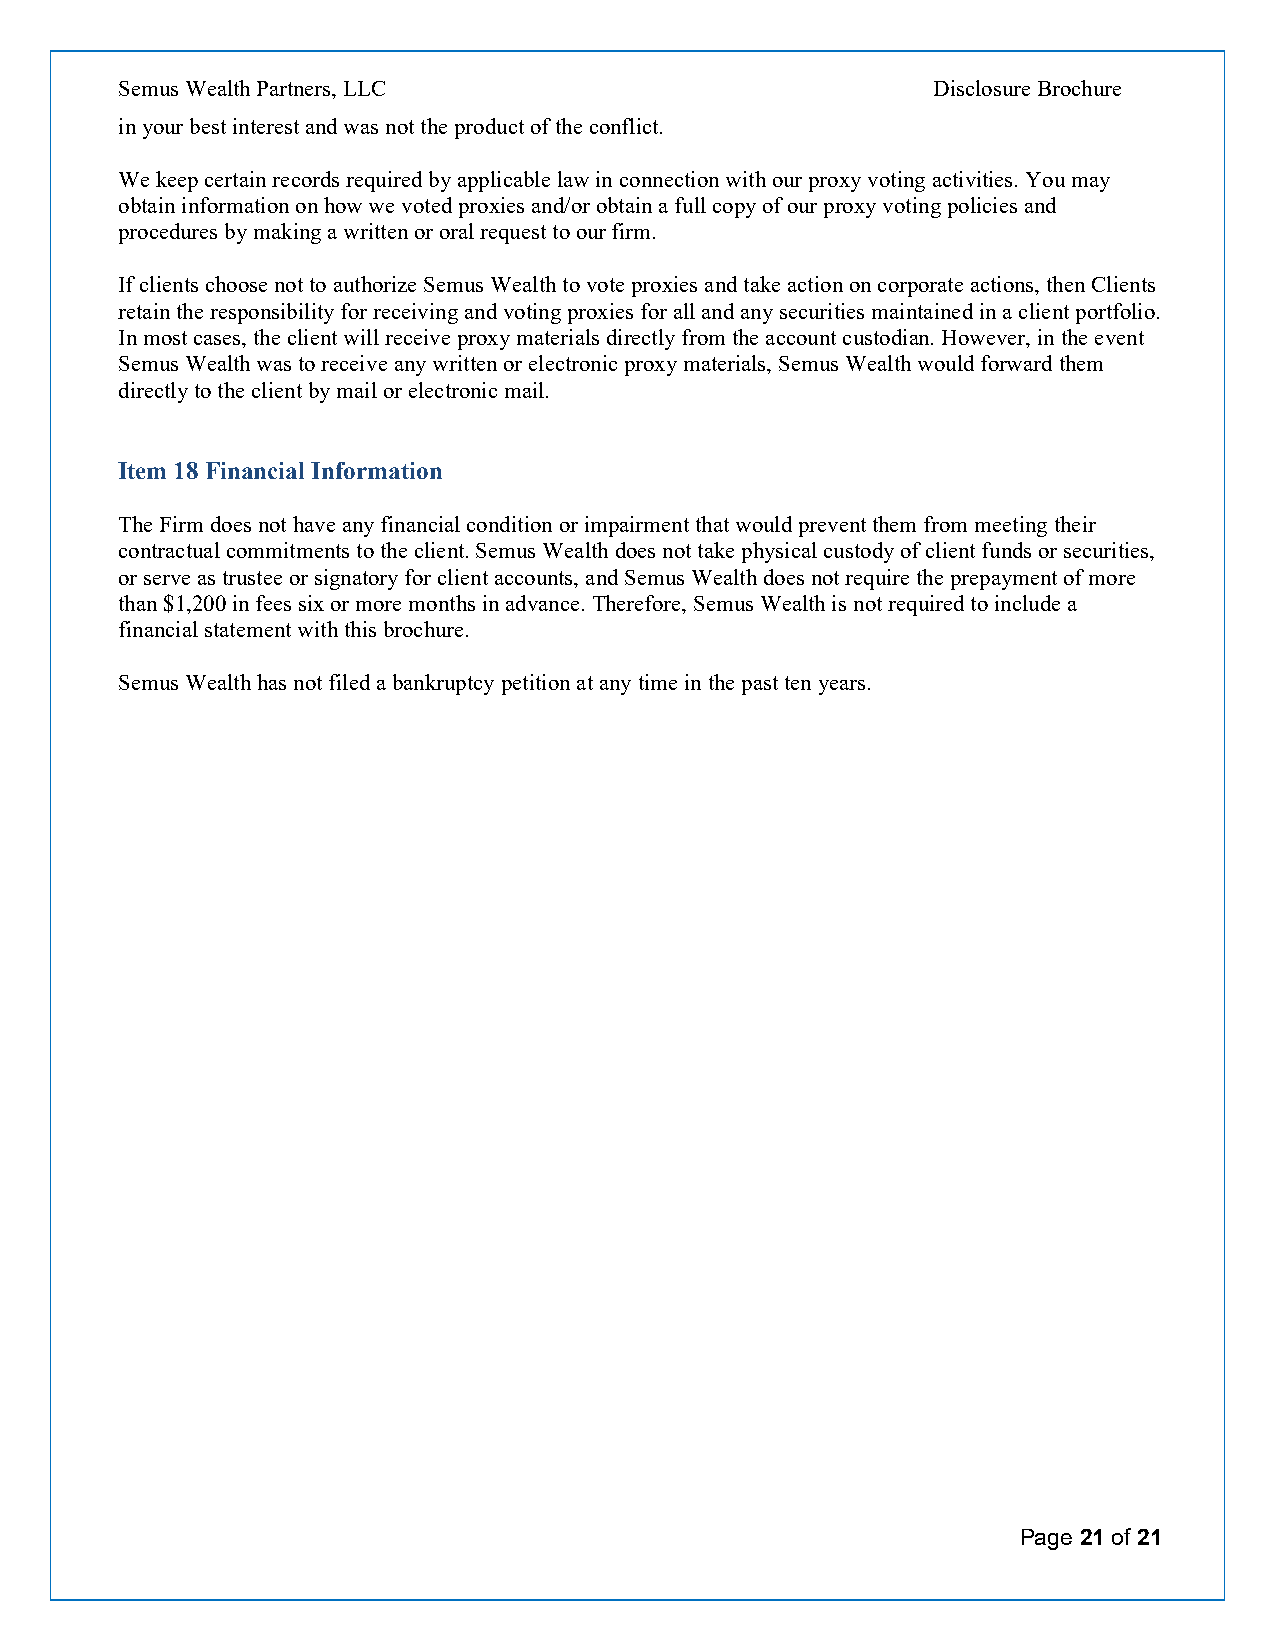
Semus Wealth Partners, LLC                            Disclosure Brochure
 in your best interest and was not the product of the conflict.
 We keep certain records required by applicable law in connection with our proxy voting activities. You may
 obtain information on how we voted proxies and/or obtain a full copy of our proxy voting policies and
 procedures by making a written or oral request to our firm.
 If clients choose not to authorize Semus Wealth to vote proxies and take action on corporate actions, then Clients
 retain the responsibility for receiving and voting proxies for all and any securities maintained in a client portfolio.
 In most cases, the client will receive proxy materials directly from the account custodian. However, in the event
 Semus Wealth was to receive any written or electronic proxy materials, Semus Wealth would forward them
 directly to the client by mail or electronic mail.
 Item 18 Financial Information
 The Firm does not have any financial condition or impairment that would prevent them from meeting their
 contractual commitments to the client. Semus Wealth does not take physical custody of client funds or securities,
 or serve as trustee or signatory for client accounts, and Semus Wealth does not require the prepayment of more
 than $1,200 in fees six or more months in advance. Therefore, Semus Wealth is not required to include a
 financial statement with this brochure.
 Semus Wealth has not filed a bankruptcy petition at any time in the past ten years.
 Page 21 of 21